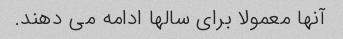
آنها معمولا برای سالها ادامه می دهند.